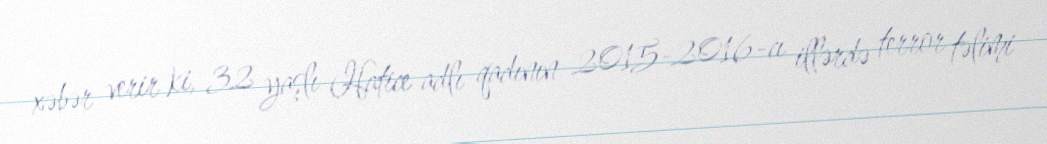
xəbər verir ki, 32 yaşlı Hatice adlı qadının 2015-2016-cı illərdə terror təlimi